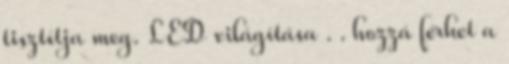
tisztítja meg. LED világítása . . hozzá férhet a